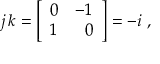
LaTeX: ~ j \, k = { \left[ \begin{array} { l l } { 0 } & { - 1 } \\ { 1 } & { \; ~ 0 } \end{array} \right] } = - i ~ ,